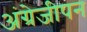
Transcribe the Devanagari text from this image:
अंग्रेजीपन